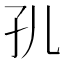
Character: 𭒷